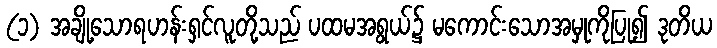
(၁) အချို့သောရဟန်းရှင်လူတို့သည် ပထမအရွယ်၌ မကောင်းသောအမှုကိုပြု၍ ဒုတိယ